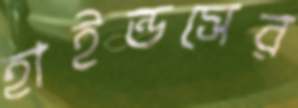
হাইন্ডসের